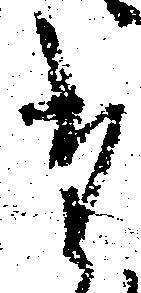
た